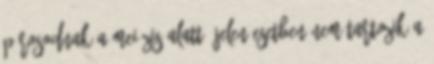
párosodnak a meiózis alatt. Jelen esetben nem tartozik a